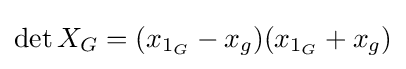
\det X_{G}=(x_{1_{G}}-x_{g})(x_{1_{G}}+x_{g})